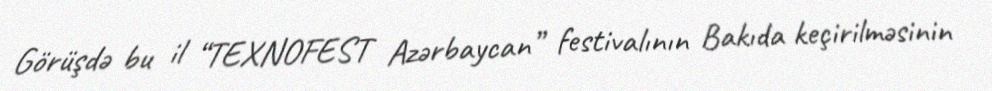
Görüşdə bu il “TEXNOFEST Azərbaycan” festivalının Bakıda keçirilməsinin